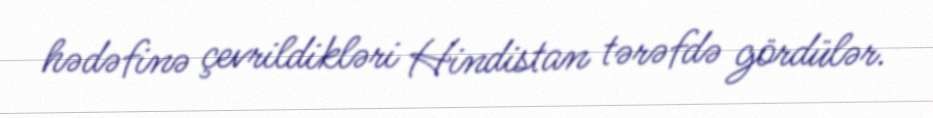
hədəfinə çevrildikləri Hindistan tərəfdə gördülər.